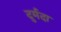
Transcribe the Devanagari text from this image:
दुर्मदा